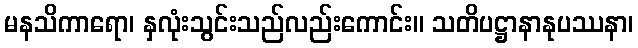
မနသိကာရော၊ နှလုံးသွင်းသည်လည်းကောင်း။ သတိပဋ္ဌာနာနုပဿနာ၊